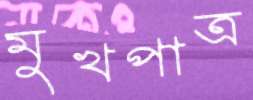
মুখপাত্র